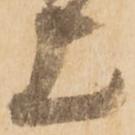
上